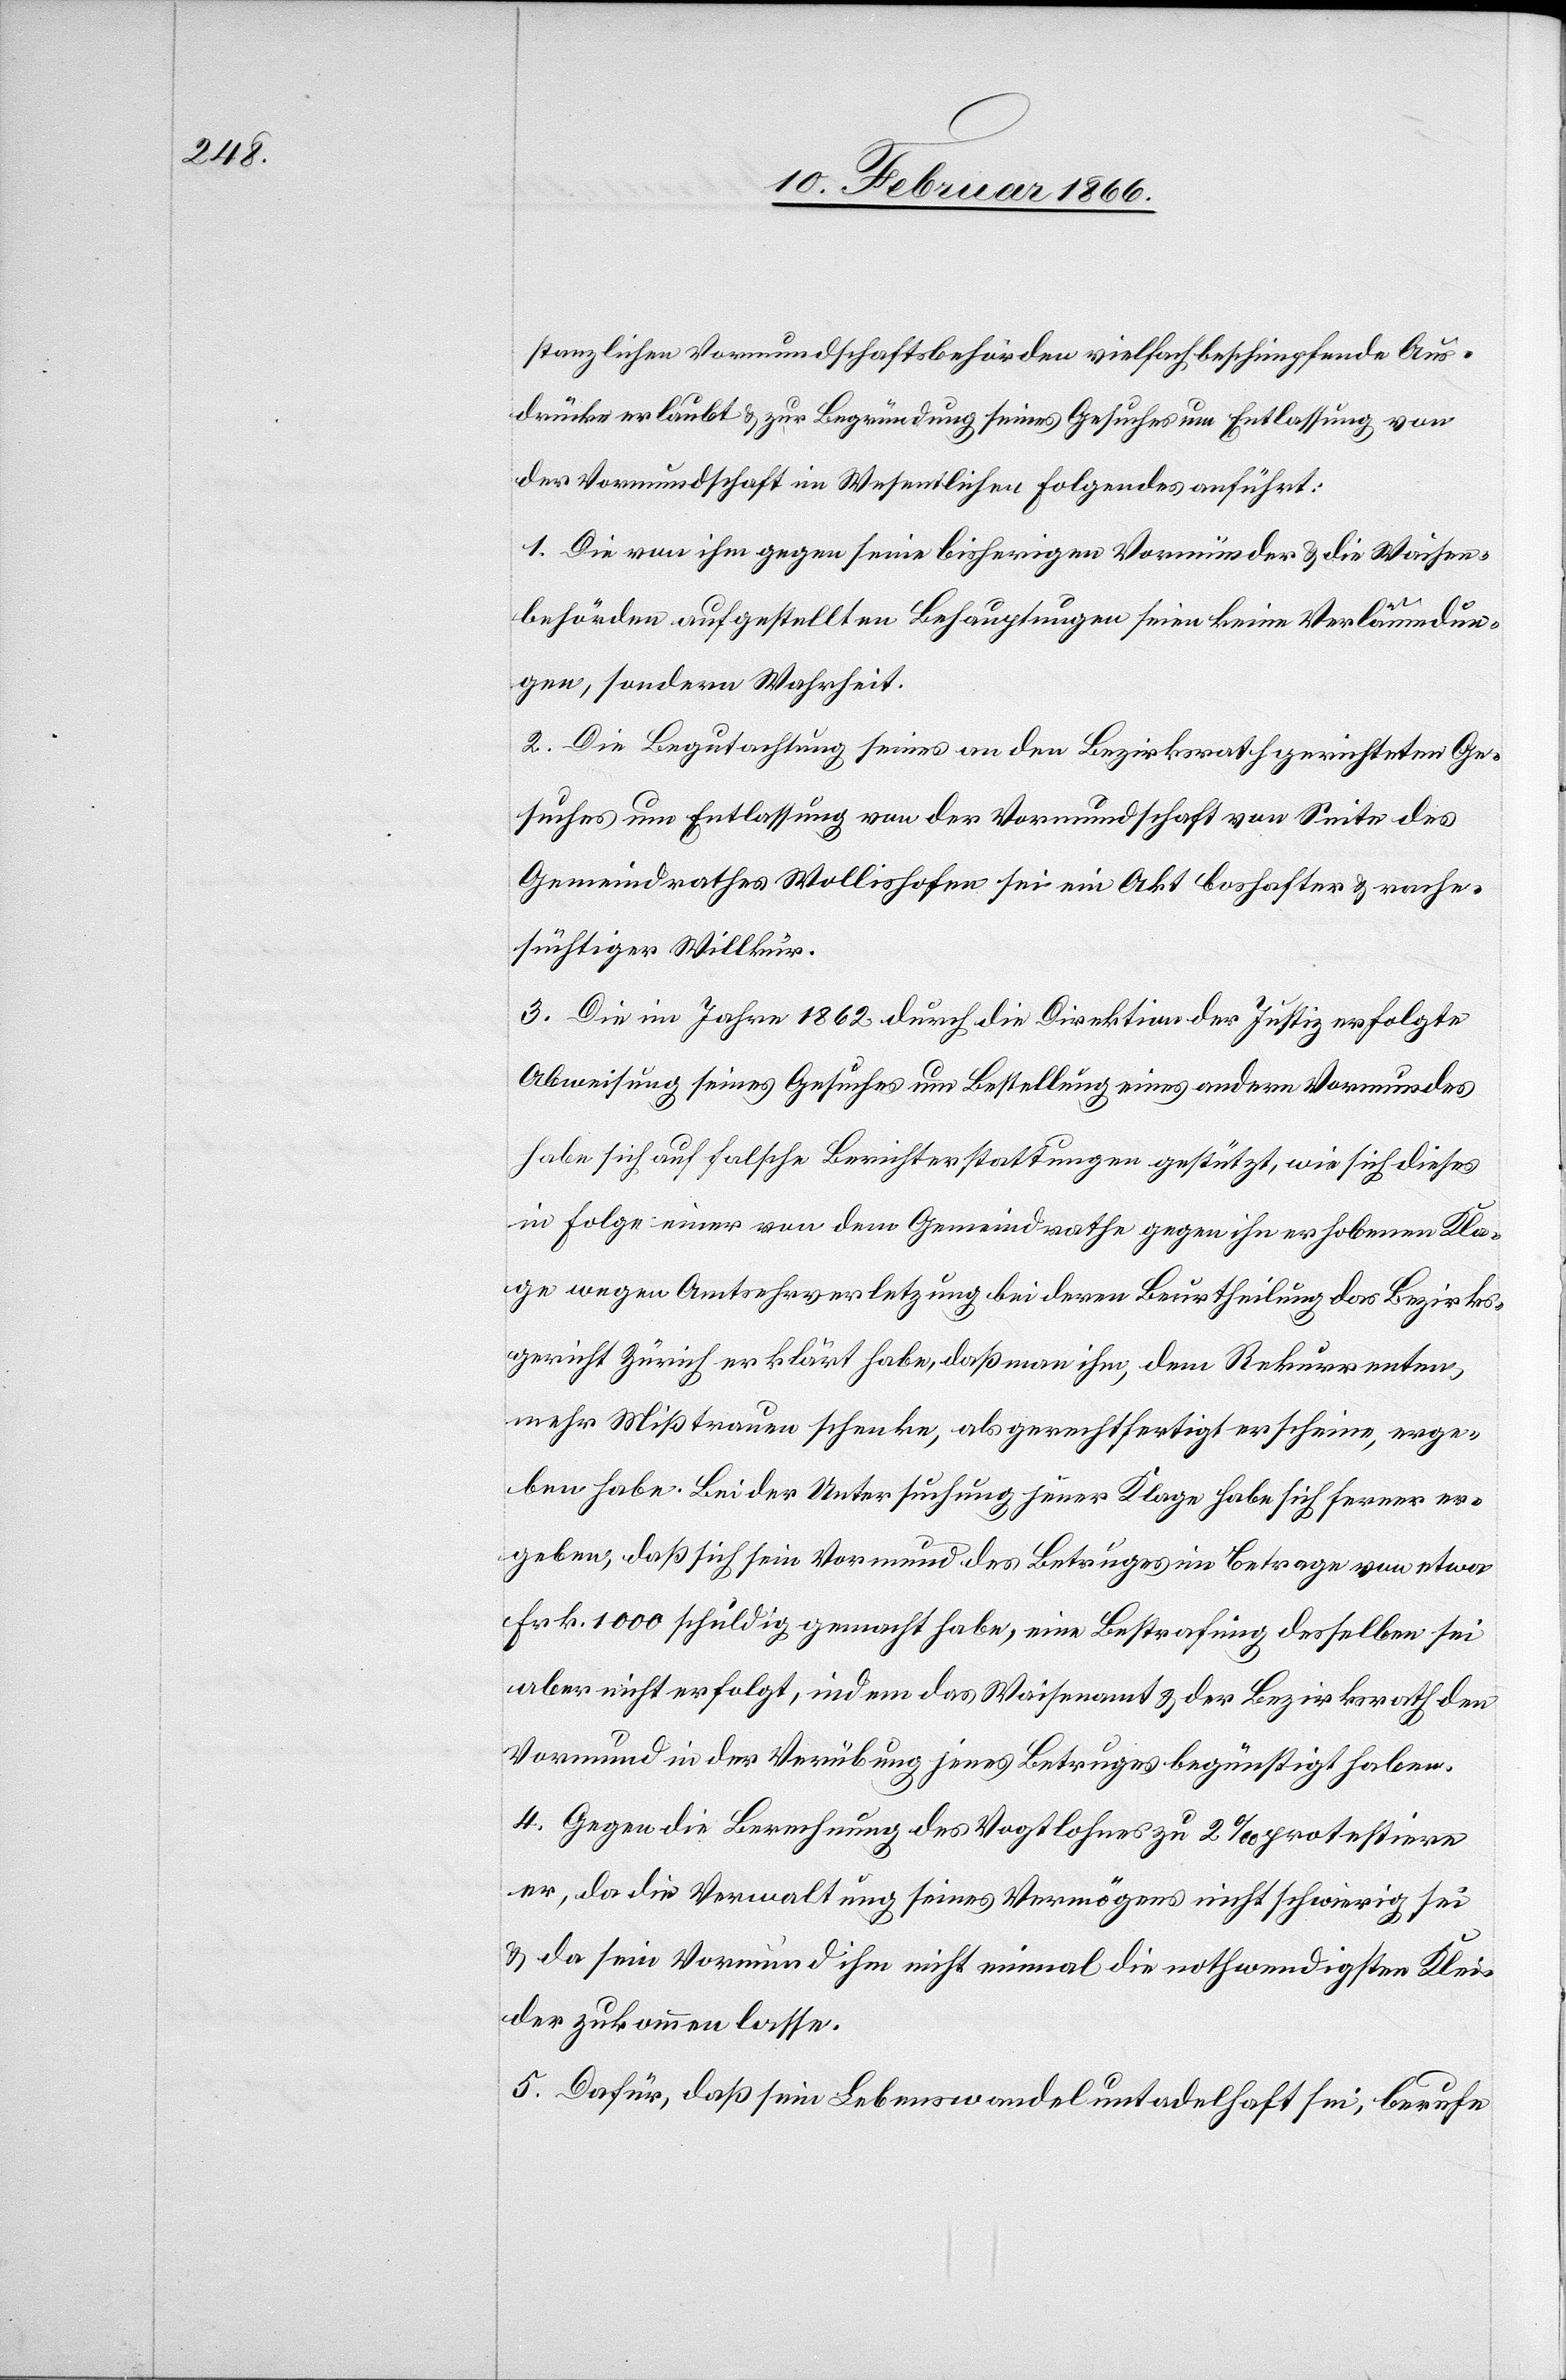
stanzlichen Vormundschaftsbehörden vielfach beschimpfende Aus¬
drücke erlaubt u. zur Begründung seines Gesuches um Entlassung von
der Vormundschaft im Wesentlichen folgendes anführt:
1. Die von ihm gegen seine bisherigen Vormünder u. die Waisen¬
behörden aufgestellten Behauptungen seien keine Verläumdun¬
gen, sondern Wahrheit.
2. Die Begutachtung seines an den Bezirksrath gerichteten Ge¬
suches um Entlassung von der Vormundschaft von Seite des
Gemeindrathes Wollishofen sei ein Akt boshafter u. rach¬
süchtiger Willkür.
3. Die im Jahre 1862 durch die Direktion der Justiz erfolgte
Abweisung seines Gesuches um Entlassung eines andern Vormundes
habe sich auf falsche Berichterstattung gestützt, wie sich dieses
in Folge einer von dem Gemeindrathe gegen ihn erhobenen Kla¬
ge wegen Amtsehrverletzung bei deren Beurtheilung das Bezirks¬
gericht Zürich erklärt habe, daß man ihm, dem Rekurrenten,
mehr Mißtrauen schenke, als gerechtfertigt erscheine, erge¬
ben habe. Bei der Untersuchung seiner Klage habe sich ferner er¬
geben, daß sich sein Vormund des Betruges im Betrage von etwa
Frk. 1000 schuldig gemacht habe, eine Bestrafung desselben sei
aber nicht erfolgt, indem das Waisenamt u. der Bezirksrath den
Vormund in der Verübung jenes Betruges begünstigt haben.
4. Gegen die Berechnung des Vogtlohnes zu 2 ‰ protestiere
er, da die Verwaltung seines Vermögens nicht schwierig sei
u. da sein Vormund ihm nicht einmal die nothwendigsten Klei¬
der zukommen lasse.
5. Dafür, daß sein Lebenswandel untadelhaft sei, berufe